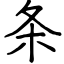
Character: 条